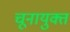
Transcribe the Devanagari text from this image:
चूनायुक्त